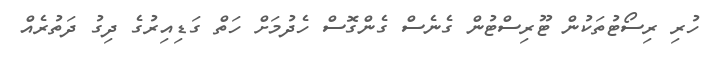
ހުރި ރިސޯޓުތަކުން ޓޫރިސްޓުން ގެނެސް ގެންގޮސް ހެދުމަށް ހަތް ގަޑިއިރުގެ ދިގު ދަތުރެއް